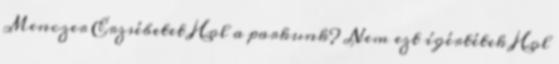
Menczer Erzsébetet Hol a parkunk? Nem ezt ígértétek Hol